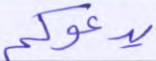
يدعوكم